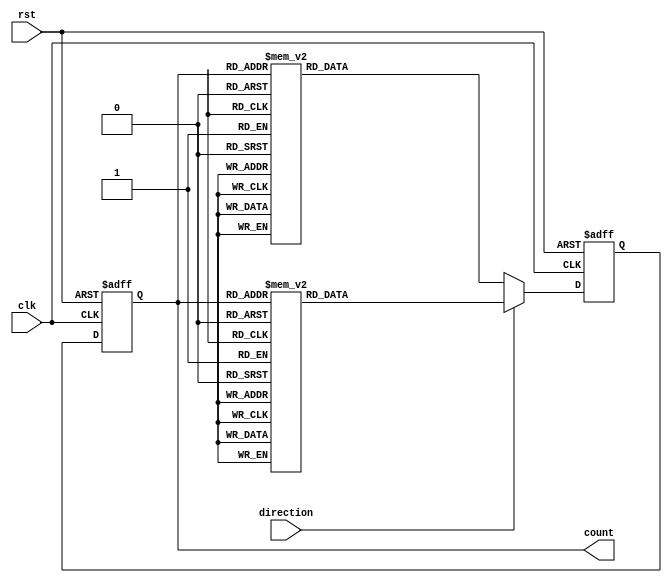
module bi_gray_counter (
    input wire clk,
    input wire rst,
    input wire direction,
    output reg [3:0] count
);

reg [3:0] next_count;

always @(posedge clk or posedge rst) begin
    if (rst) begin
        count <= 4'b0000;
        next_count <= 4'b0000;
    end else begin
        if (direction) begin // up counting
            case (count)
                4'b0000: next_count <= 4'b0001;
                4'b0001: next_count <= 4'b0011;
                4'b0011: next_count <= 4'b0010;
                4'b0010: next_count <= 4'b0110;
                4'b0110: next_count <= 4'b0111;
                4'b0111: next_count <= 4'b0101;
                4'b0101: next_count <= 4'b0100;
                4'b0100: next_count <= 4'b1100;
                4'b1100: next_count <= 4'b1101;
                4'b1101: next_count <= 4'b1111;
                4'b1111: next_count <= 4'b1110;
                4'b1110: next_count <= 4'b1010;
                4'b1010: next_count <= 4'b1011;
                4'b1011: next_count <= 4'b1001;
                4'b1001: next_count <= 4'b1000;
                4'b1000: next_count <= 4'b0000;
            endcase
        end else begin // down counting
            case (count)
                4'b0000: next_count <= 4'b1000;
                4'b1000: next_count <= 4'b1001;
                4'b1001: next_count <= 4'b1011;
                4'b1011: next_count <= 4'b1010;
                4'b1010: next_count <= 4'b1110;
                4'b1110: next_count <= 4'b1111;
                4'b1111: next_count <= 4'b1101;
                4'b1101: next_count <= 4'b1100;
                4'b1100: next_count <= 4'b0100;
                4'b0100: next_count <= 4'b0101;
                4'b0101: next_count <= 4'b0111;
                4'b0111: next_count <= 4'b0110;
                4'b0110: next_count <= 4'b0010;
                4'b0010: next_count <= 4'b0011;
                4'b0011: next_count <= 4'b0001;
                4'b0001: next_count <= 4'b0000;
            endcase
        end
        count <= next_count;
    end
end

endmodule